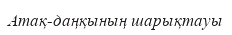
Атақ-даңқының шарықтауы